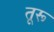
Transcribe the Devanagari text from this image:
तूरू